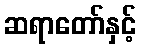
ဆရာတော်နှင့်